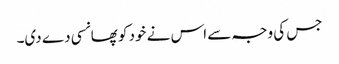
جس کی وجہ سے اس نے خود کو پھانسی دے دی۔